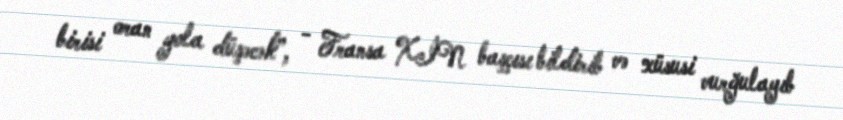
birisi oran yola düşəcək”, - Fransa XİN başçısı bildirib və xüsusi vurğulayıb